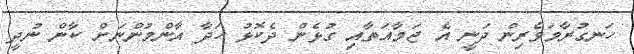
ހަނގުރާމަވެރިން ދަނީ އެ ޖަމާއަތާއި ގުޅެން ދެކޮޅު ހަދާ އާންމުންނަށް ކާން ނުުދީ